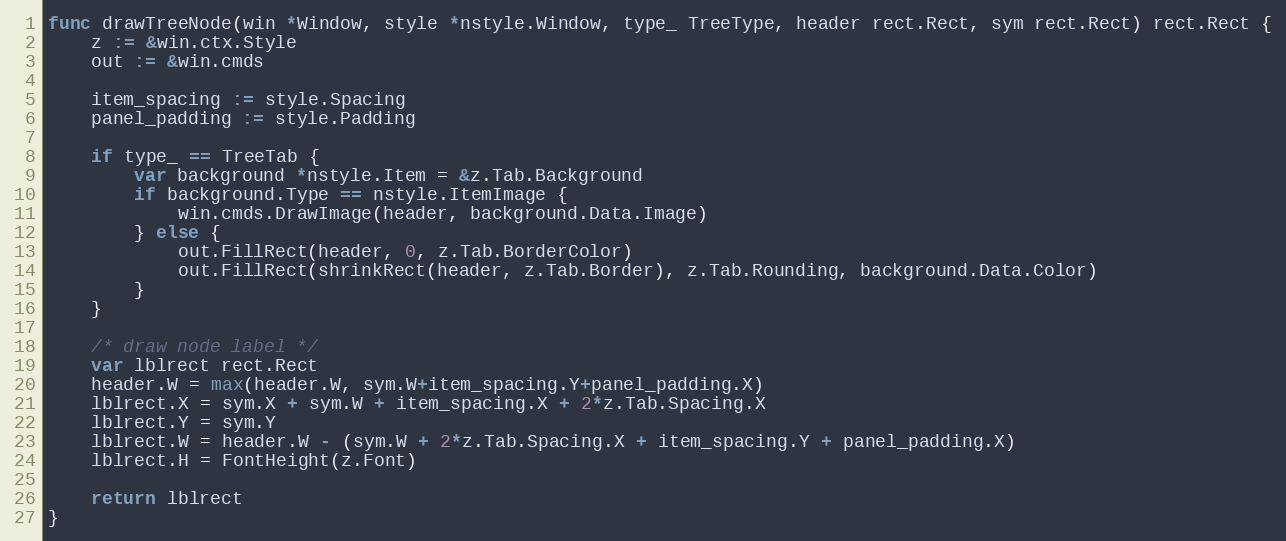
Language: Go
func drawTreeNode(win *Window, style *nstyle.Window, type_ TreeType, header rect.Rect, sym rect.Rect) rect.Rect {
	z := &win.ctx.Style
	out := &win.cmds

	item_spacing := style.Spacing
	panel_padding := style.Padding

	if type_ == TreeTab {
		var background *nstyle.Item = &z.Tab.Background
		if background.Type == nstyle.ItemImage {
			win.cmds.DrawImage(header, background.Data.Image)
		} else {
			out.FillRect(header, 0, z.Tab.BorderColor)
			out.FillRect(shrinkRect(header, z.Tab.Border), z.Tab.Rounding, background.Data.Color)
		}
	}

	/* draw node label */
	var lblrect rect.Rect
	header.W = max(header.W, sym.W+item_spacing.Y+panel_padding.X)
	lblrect.X = sym.X + sym.W + item_spacing.X + 2*z.Tab.Spacing.X
	lblrect.Y = sym.Y
	lblrect.W = header.W - (sym.W + 2*z.Tab.Spacing.X + item_spacing.Y + panel_padding.X)
	lblrect.H = FontHeight(z.Font)

	return lblrect
}